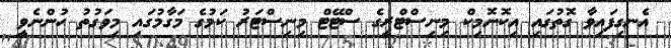
އެނގިފައިވާ ގޮތުގައި އިކޮނޮމިކް މިނިސްޓްރީގެ ސްޓޭޓް މިނިސްޓަރު ކަމުގެ މަގާމުގައި މިވަގުތު ހުންނެވީ